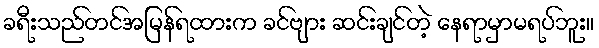
ခရီးသည်တင်အမြန်ရထားက ခင်ဗျား ဆင်းချင်တဲ့ နေရာမှာမရပ်ဘူး။